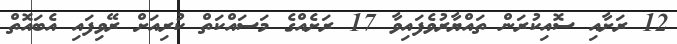
12 ރަށާއި ސޮއިކުރަން ތައްޔާރުވެފައިވާ 17 ރަށެއްގެ މަސައްކަތް ކުރިއަށް ރޭވިފައި އެބައޮތް